画像に写った文字を読んでください
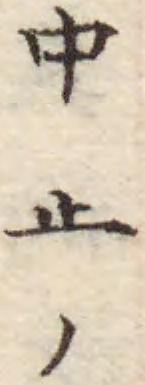
「中止ノ」と書いてあります